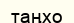
таңхо